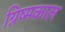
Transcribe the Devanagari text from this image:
ग्रिष्मकाल